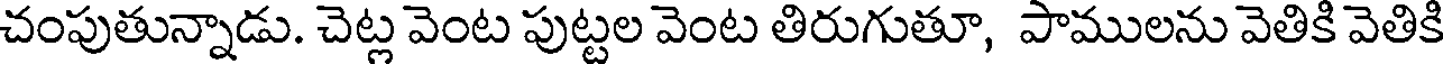
చంపుతున్నాడు. చెట్ల వెంట పుట్టల వెంట తిరుగుతూ, పాములను వెతికి వెతికి